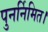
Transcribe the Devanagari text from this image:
पुनर्निमित।